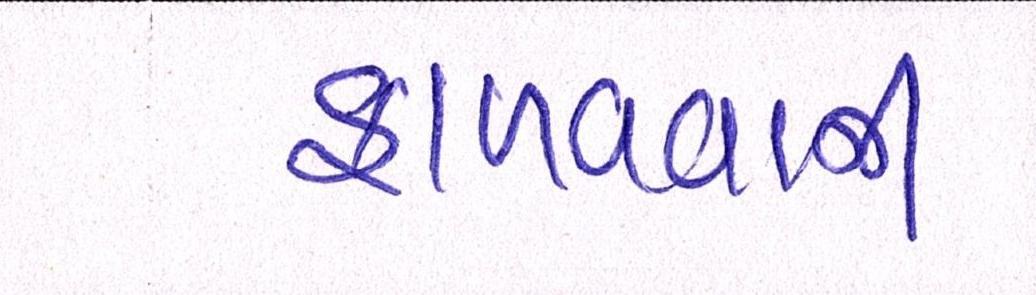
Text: ફાળવવાની